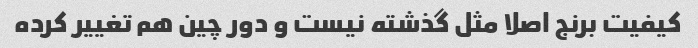
کیفیت برنج اصلا مثل گذشته نیست و دور چین هم تغییر کرده